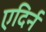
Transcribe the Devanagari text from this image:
एदिर्न